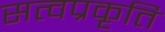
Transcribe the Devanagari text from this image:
सत्वप्रकृति